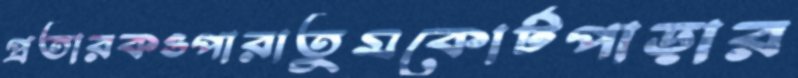
প্রতারকওপারাতুমকোর্টপাড়ার